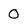
Character: 0